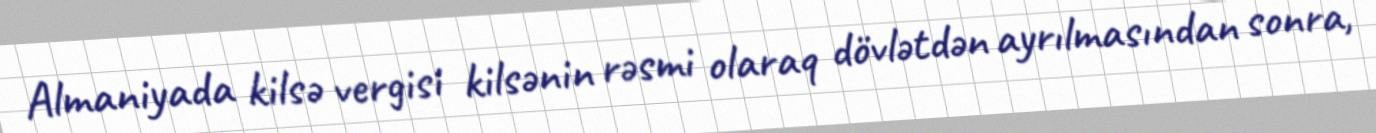
Almaniyada kilsə vergisi kilsənin rəsmi olaraq dövlətdən ayrılmasından sonra,